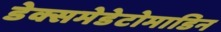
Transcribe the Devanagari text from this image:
डेक्समेडेटोमाडिन